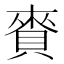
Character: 賚